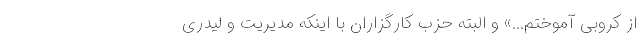
از کروبی آموختم...» و البته حزب کارگزاران با اینکه مدیریت و لیدری